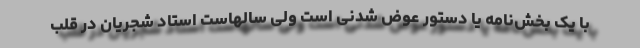
با یک بخش‌نامه یا دستور عوض شدنی است ولی سالهاست استاد شجریان در قلب